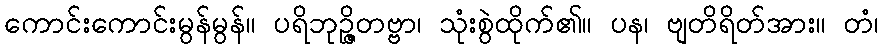
ကောင်းကောင်းမွန်မွန်။ ပရိဘုဉ္ဇိတဗ္ဗာ၊ သုံးစွဲထိုက်၏။ ပန၊ ဗျတိရိတ်အား။ တံ၊